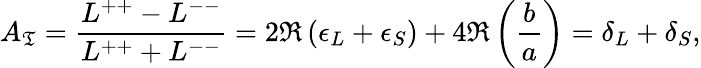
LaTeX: A_{\mathfrak{T}}=\frac{{L^{++}-L^{--}}}{{L^{++}+L^{--}}}=2\Re\left(\epsilon_{L}+\epsilon_{S}\right)+4\Re\left(\frac{{b}}{{a}}\right)=\delta_{L}+\delta_{S},